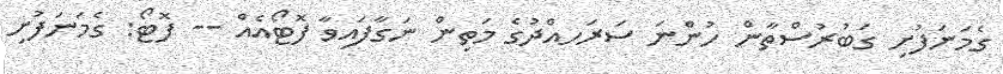
ގެމަނަފުށި ގަބުރުސްތާން ހުންނަ ސަރަހއްދުގެ މަތިން ނަގާފައިވާ ފޮޓޯއެއް -- ފޮޓޯ: ގެމަނަފުށި